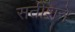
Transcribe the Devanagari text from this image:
सतीशने